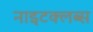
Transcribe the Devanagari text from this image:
नाइटक्लब्स